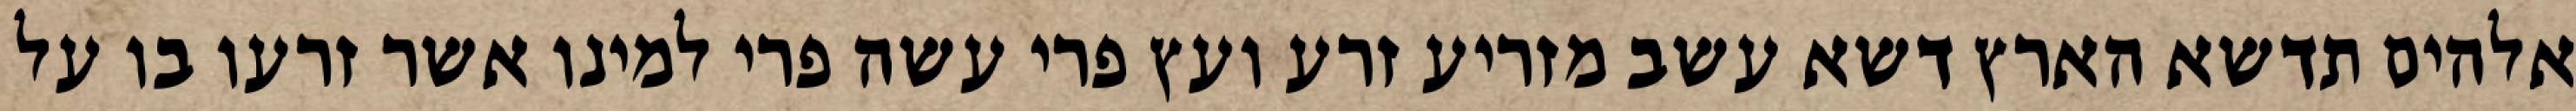
אלהים תדשא הארץ דשא עשב מזריע זרע ועץ פרי עשה פרי למינו אשר זרעו בו על